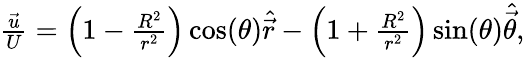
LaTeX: \begin{array}{r}{\frac{\vec{u}}{U}=\left(1-\frac{R^{2}}{r^{2}}\right)\cos(\theta)\widehat{\vec{r}}-\left(1+\frac{R^{2}}{r^{2}}\right)\sin(\theta)\widehat{\vec{\theta}},}\end{array}